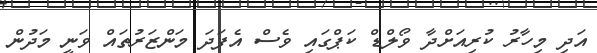
އަދި މިހާރު ކުރިއަށްދާ ވޯލްޑް ކަޕްގައި ވެސް އެފަދަ މަންޒަރުތައް ވަނީ މަދުން